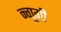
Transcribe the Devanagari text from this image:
न्गूगी